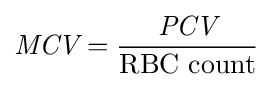
{\textit {MCV}}={\frac {\textit {PCV}}{\text{RBC count}}}